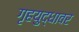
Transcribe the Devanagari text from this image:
गृहयुद्धावर